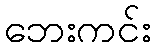
ဘေးကင်း